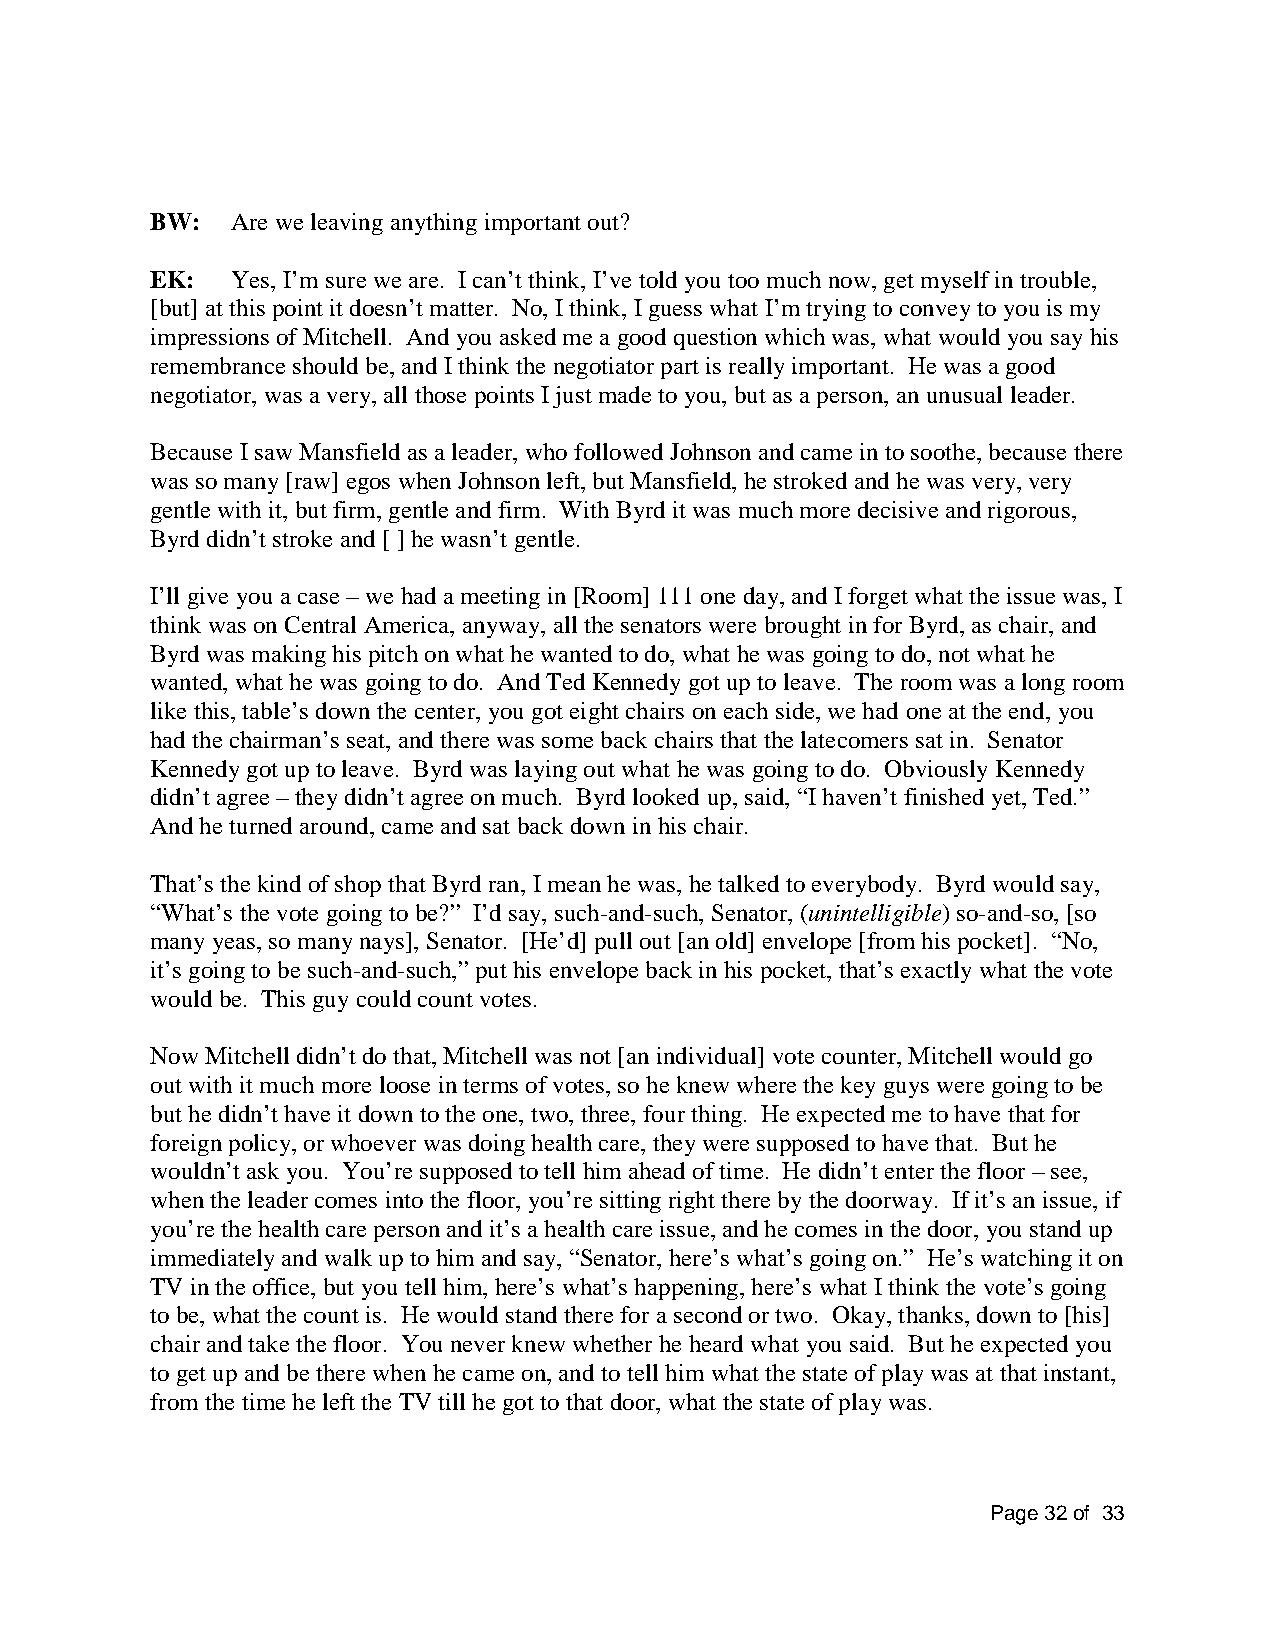
BW:  Are we leaving anything important out?
 EK:  Yes, I’m sure we are. I can’t think, I’ve told you too much now, get myself in trouble,
 [but] at this point it doesn’t matter. No, I think, I guess what I’m trying to convey to you is my
 impressions of Mitchell. And you asked me a good question which was, what would you say his
 remembrance should be, and I think the negotiator part is really important. He was a good
 negotiator, was a very, all those points I just made to you, but as a person, an unusual leader.
 Because I saw Mansfield as a leader, who followed Johnson and came in to soothe, because there
 was so many [raw] egos when Johnson left, but Mansfield, he stroked and he was very, very
 gentle with it, but firm, gentle and firm. With Byrd it was much more decisive and rigorous,
 Byrd didn’t stroke and [ ] he wasn’t gentle.
 I’ll give you a case – we had a meeting in [Room] 111 one day, and I forget what the issue was, I
 think was on Central America, anyway, all the senators were brought in for Byrd, as chair, and
 Byrd was making his pitch on what he wanted to do, what he was going to do, not what he
 wanted, what he was going to do. And Ted Kennedy got up to leave. The room was a long room
 like this, table’s down the center, you got eight chairs on each side, we had one at the end, you
 had the chairman’s seat, and there was some back chairs that the latecomers sat in. Senator
 Kennedy got up to leave. Byrd was laying out what he was going to do. Obviously Kennedy
 didn’t agree – they didn’t agree on much. Byrd looked up, said, “I haven’t finished yet, Ted.”
 And he turned around, came and sat back down in his chair.
 That’s the kind of shop that Byrd ran, I mean he was, he talked to everybody. Byrd would say,
 “What’s the vote going to be?” I’d say, such-and-such, Senator, (unintelligible) so-and-so, [so
 many yeas, so many nays], Senator. [He’d] pull out [an old] envelope [from his pocket]. “No,
 it’s going to be such-and-such,” put his envelope back in his pocket, that’s exactly what the vote
 would be. This guy could count votes.
 Now Mitchell didn’t do that, Mitchell was not [an individual] vote counter, Mitchell would go
 out with it much more loose in terms of votes, so he knew where the key guys were going to be
 but he didn’t have it down to the one, two, three, four thing. He expected me to have that for
 foreign policy, or whoever was doing health care, they were supposed to have that. But he
 wouldn’t ask you. You’re supposed to tell him ahead of time. He didn’t enter the floor – see,
 when the leader comes into the floor, you’re sitting right there by the doorway. If it’s an issue, if
 you’re the health care person and it’s a health care issue, and he comes in the door, you stand up
 immediately and walk up to him and say, “Senator, here’s what’s going on.” He’s watching it on
 TV in the office, but you tell him, here’s what’s happening, here’s what I think the vote’s going
 to be, what the count is. He would stand there for a second or two. Okay, thanks, down to [his]
 chair and take the floor. You never knew whether he heard what you said. But he expected you
 to get up and be there when he came on, and to tell him what the state of play was at that instant,
 from the time he left the TV till he got to that door, what the state of play was.
 Page 32 of 33